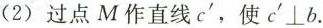
(2)过点M作直线c^{\prime}，使$$c^{\prime}\perp b$$.